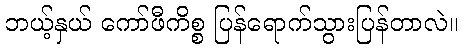
ဘယ့်နှယ် ကော်ဖီကိစ္စ ပြန်ရောက်သွားပြန်တာလဲ။